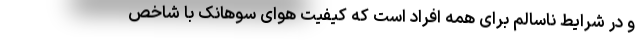
و در شرایط ناسالم برای همه افراد است که کیفیت هوای سوهانک با شاخص